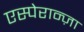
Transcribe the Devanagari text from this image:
एस्पेरान्ज़ा